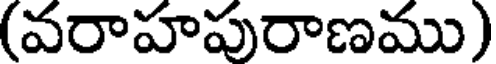
(వరాహపురాణము)